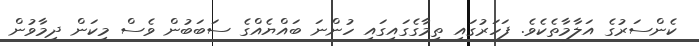
ކެންސަރުގެ އަލާމާތެކެވެ. ފަހަރުގައި ތިމާގެގައިގައި ހުންނަ ބައްޔެއްގެ ސަބަބުން ވެސް މިކަން ދިމާވުން